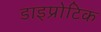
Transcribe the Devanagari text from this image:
डाइप्रोटिक